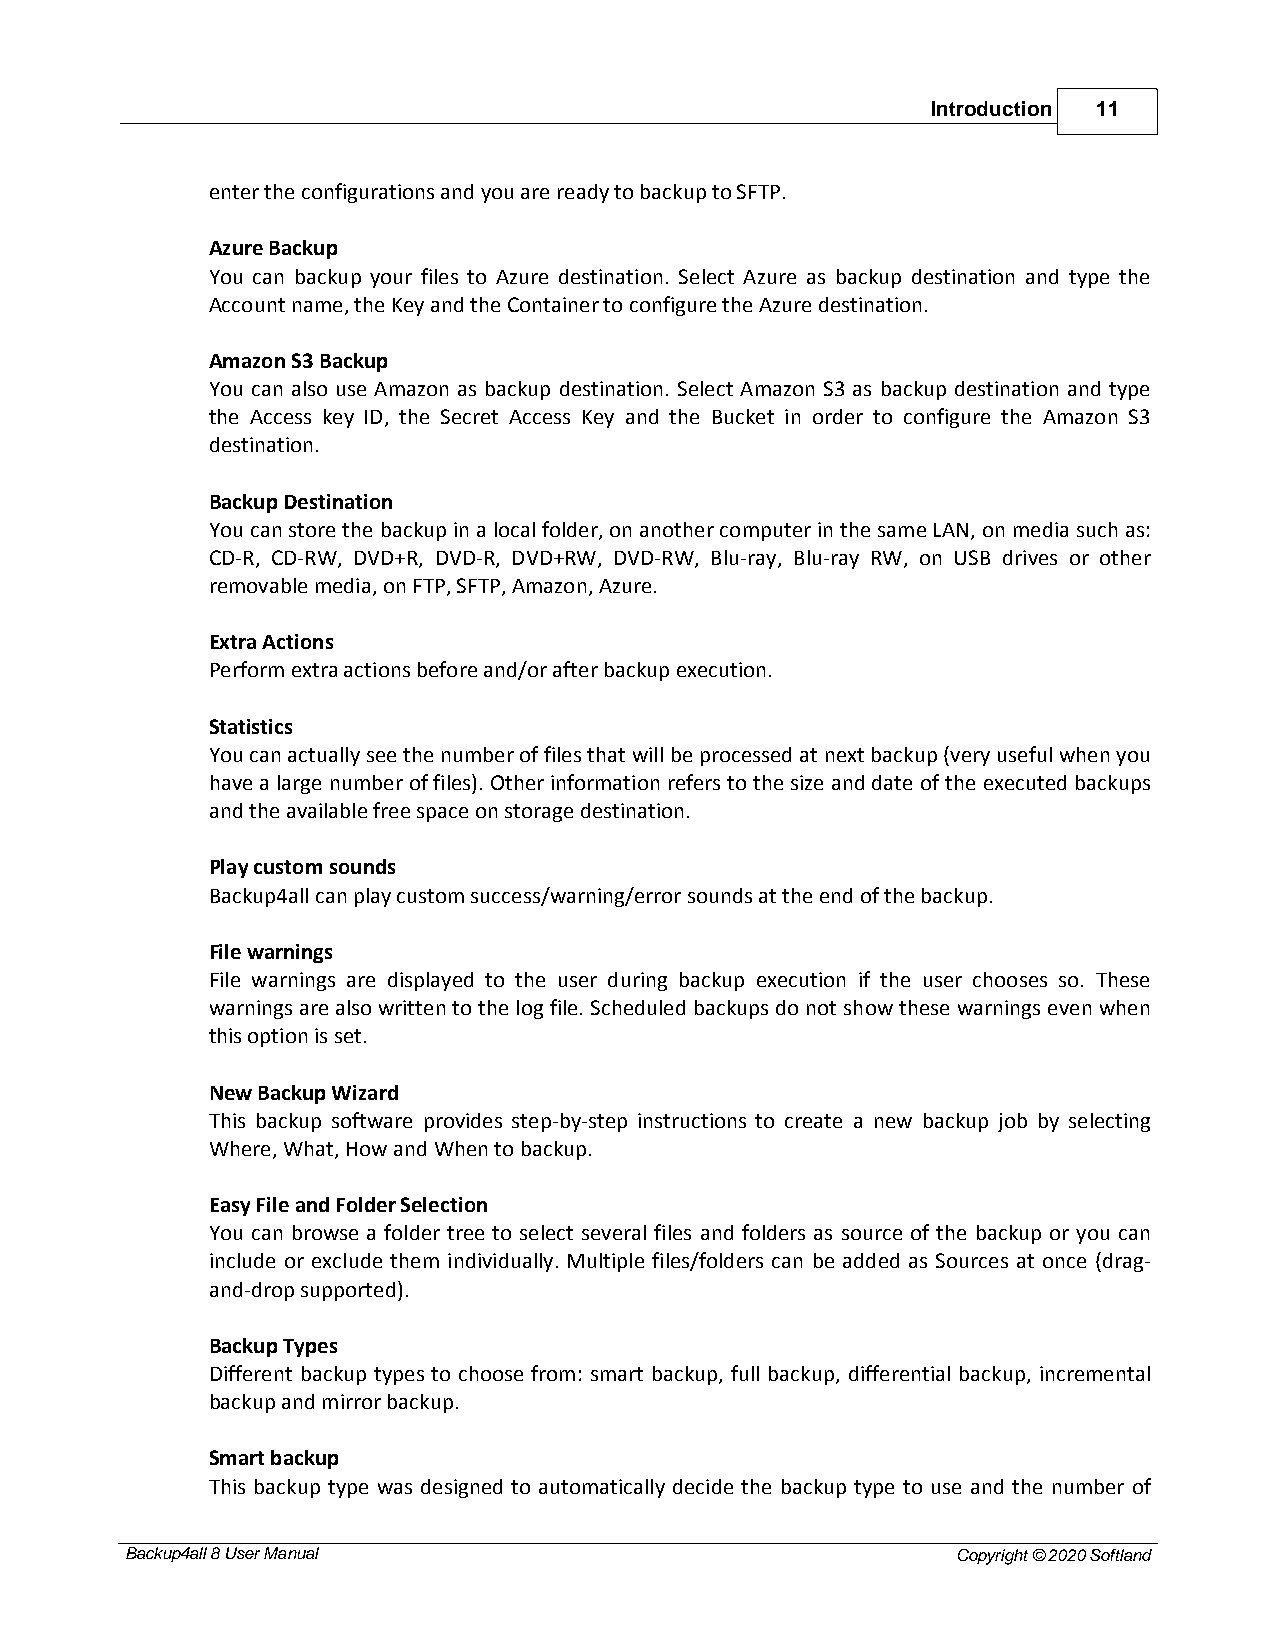
Introduction 11
 enter the configurations and you are ready to backup to SFTP.
 Azure Backup
 You can backup your files to Azure destination. Select Azure as backup destination and type the
 Account name, the Key and the Container to configure the Azure destination.
 Amazon S3 Backup
 You can also use Amazon as backup destination. Select Amazon S3 as backup destination and type
 the Access key ID, the Secret Access Key and the Bucket in order to configure the Amazon S3
 destination.
 Backup Destination
 You can store the backup in a local folder, on another computer in the same LAN, on media such as:
 CD-R, CD-RW, DVD+R, DVD-R, DVD+RW, DVD-RW, Blu-ray, Blu-ray RW, on USB drives or other
 removable media, on FTP, SFTP, Amazon, Azure.
 Extra Actions
 Perform extra actions before and/or after backup execution.
 Statistics
 You can actually see the number of files that will be processed at next backup (very useful when you
 have a large number of files). Other information refers to the size and date of the executed backups
 and the available free space on storage destination.
 Play custom sounds
 Backup4all can play custom success/warning/error sounds at the end of the backup.
 File warnings
 File warnings are displayed to the user during backup execution if the user chooses so. These
 warnings are also written to the log file. Scheduled backups do not show these warnings even when
 this option is set.
 New Backup Wizard
 This backup software provides step-by-step instructions to create a new backup job by selecting
 Where, What, How and When to backup.
 Easy File and Folder Selection
 You can browse a folder tree to select several files and folders as source of the backup or you can
 include or exclude them individually. Multiple files/folders can be added as Sources at once (drag-
 and-drop supported).
 Backup Types
 Different backup types to choose from: smart backup, full backup, differential backup, incremental
 backup and mirror backup.
 Smart backup
 This backup type was designed to automatically decide the backup type to use and the number of
 Backup4all 8 User Manual                               Copyright © 2020 Softland